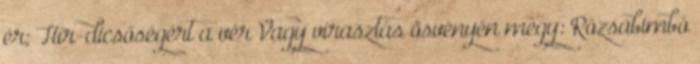
ér; Hír-dicsőségért a vér Vagy virasztás ösvényén megy: Rózsabimbó